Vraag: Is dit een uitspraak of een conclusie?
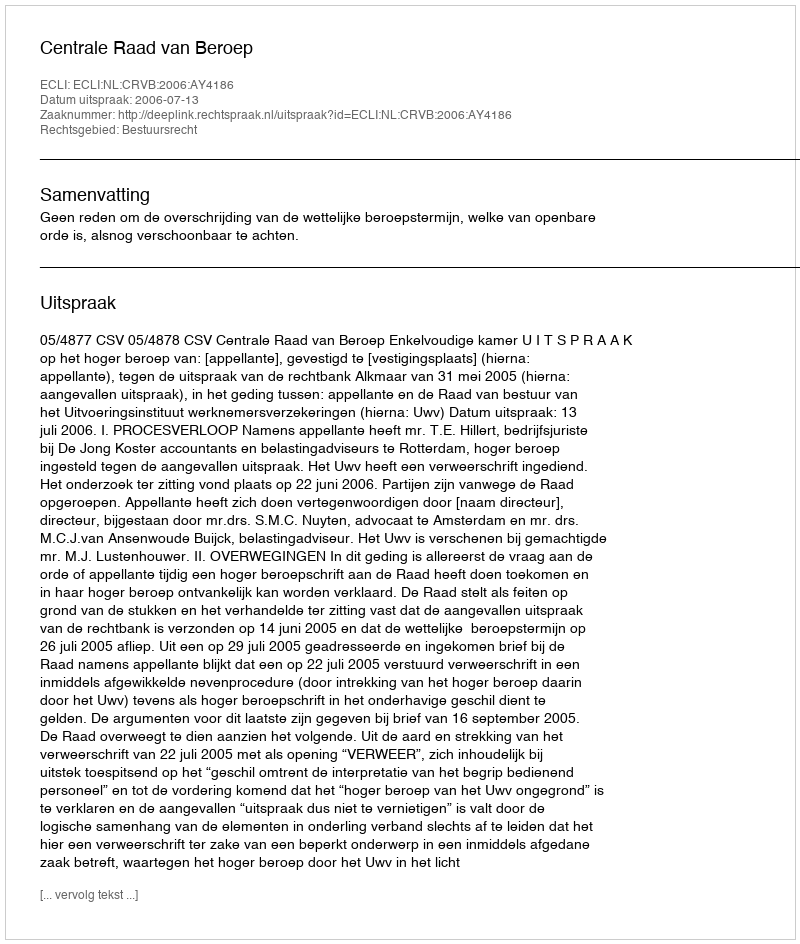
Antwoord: Uitspraak